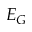
E _ { G }